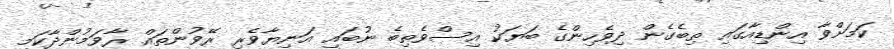
ކަމަށްވާ އިންޑިއާގައި ތިބެގެން ދިވެހިންގެ ބަޔަކު އިސްވެތިބެ ނުބައި އަނިޔާވެރި ރޭވުންތައް ރާވަމުންދާކަމީ